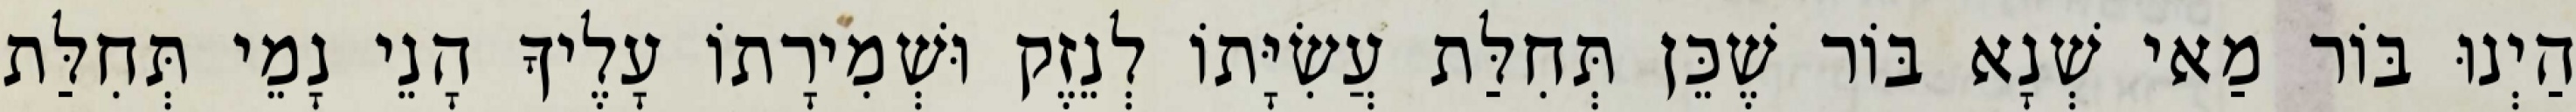
הַיְנוּ בּוֹר מַאי שְׁנָא בּוֹר שֶׁכֵּן תְּחִלַּת עֲשִׂיָּתוֹ לְנֵזֶק וּשְׁמִירָתוֹ עָלֶיךָ הָנֵי נָמֵי תְּחִלַּת